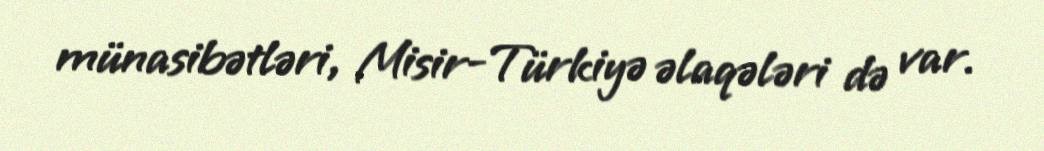
münasibətləri, Misir-Türkiyə əlaqələri də var.